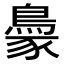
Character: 𬷓